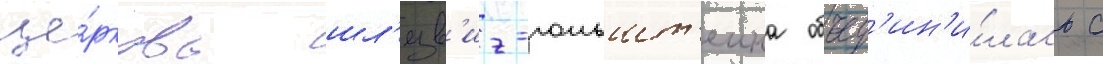
це́рковь шл'езв'иг-гольшт'еина объед'ин'и́лась с